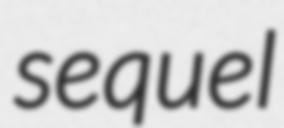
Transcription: sequel